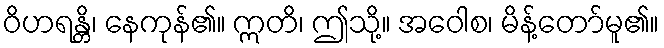
ဝိဟရန္တိ၊ နေကုန်၏။ ဣတိ၊ ဤသို့။ အဝေါစ၊ မိန့်တော်မူ၏။